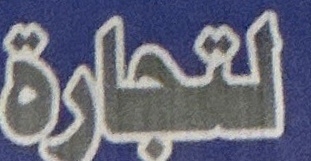
التجارة